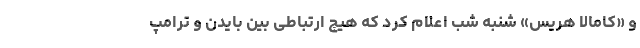
و «کامالا هریس» شنبه شب اعلام کرد که هیچ ارتباطی بین بایدن و ترامپ